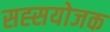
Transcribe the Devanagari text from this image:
सह्सयोजक